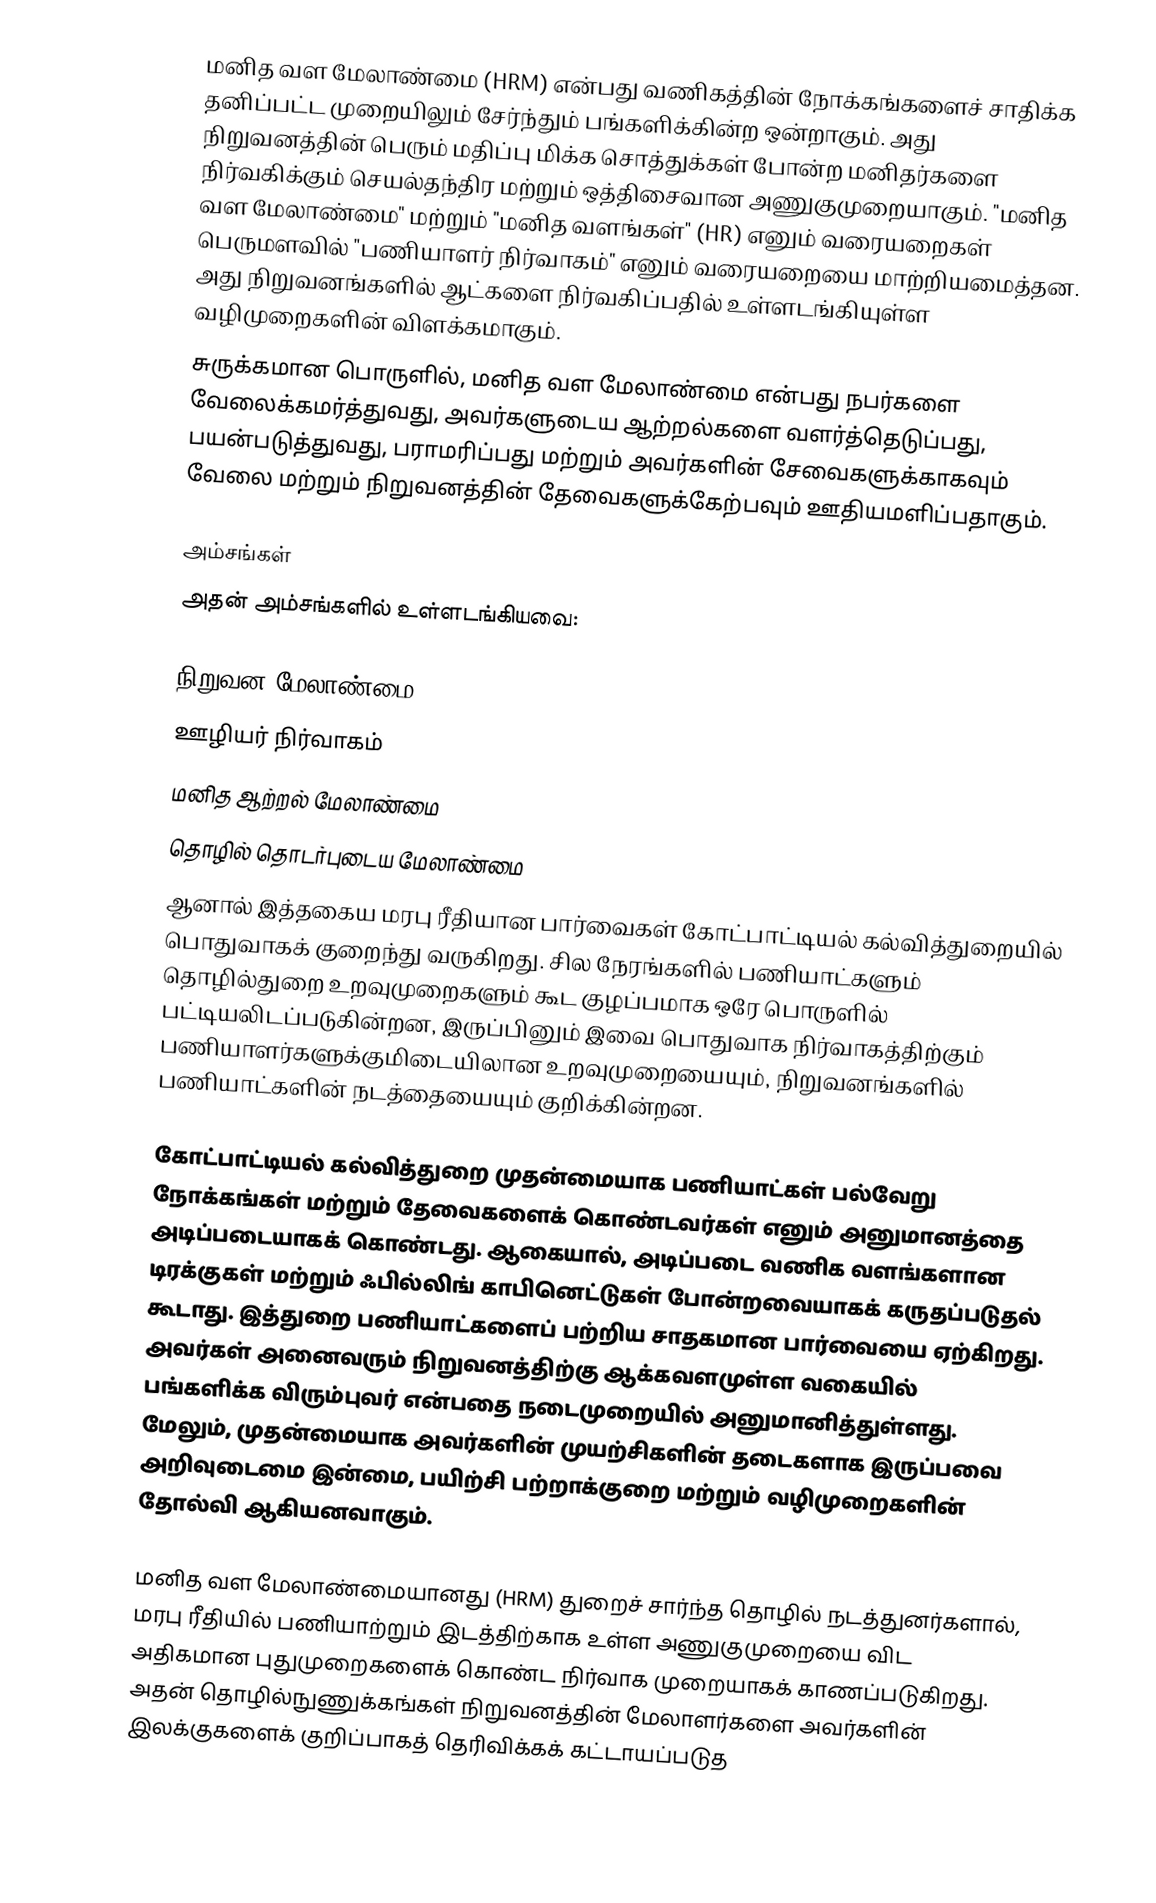
மனித வள மேலாண்மை (HRM) என்பது வணிகத்தின் நோக்கங்களைச் சாதிக்க தனிப்பட்ட முறையிலும் சேர்ந்தும் பங்களிக்கின்ற ஒன்றாகும். அது நிறுவனத்தின் பெரும் மதிப்பு மிக்க சொத்துக்கள் போன்ற மனிதர்களை நிர்வகிக்கும் செயல்தந்திர மற்றும் ஒத்திசைவான அணுகுமுறையாகும். "மனித வள மேலாண்மை" மற்றும் "மனித வளங்கள்" (HR) எனும் வரையறைகள் பெருமளவில் "பணியாளர் நிர்வாகம்" எனும் வரையறையை மாற்றியமைத்தன. அது நிறுவனங்களில் ஆட்களை நிர்வகிப்பதில் உள்ளடங்கியுள்ள வழிமுறைகளின் விளக்கமாகும்.
சுருக்கமான பொருளில், மனித வள மேலாண்மை என்பது நபர்களை வேலைக்கமர்த்துவது, அவர்களுடைய ஆற்றல்களை வளர்த்தெடுப்பது, பயன்படுத்துவது, பராமரிப்பது மற்றும் அவர்களின் சேவைகளுக்காகவும் வேலை மற்றும் நிறுவனத்தின் தேவைகளுக்கேற்பவும் ஊதியமளிப்பதாகும்.

அம்சங்கள்
அதன் அம்சங்களில் உள்ளடங்கியவை:

 நிறுவன  மேலாண்மை
 ஊழியர் நிர்வாகம்
 மனித ஆற்றல் மேலாண்மை
 தொழில் தொடர்புடைய மேலாண்மை
ஆனால் இத்தகைய மரபு ரீதியான பார்வைகள் கோட்பாட்டியல் கல்வித்துறையில் பொதுவாகக் குறைந்து வருகிறது. சில நேரங்களில் பணியாட்களும் தொழில்துறை உறவுமுறைகளும் கூட குழப்பமாக ஒரே பொருளில் பட்டியலிடப்படுகின்றன, இருப்பினும் இவை பொதுவாக நிர்வாகத்திற்கும் பணியாளர்களுக்குமிடையிலான உறவுமுறையையும், நிறுவனங்களில் பணியாட்களின் நடத்தையையும் குறிக்கின்றன.

கோட்பாட்டியல் கல்வித்துறை முதன்மையாக பணியாட்கள் பல்வேறு நோக்கங்கள் மற்றும் தேவைகளைக் கொண்டவர்கள் எனும் அனுமானத்தை அடிப்படையாகக் கொண்டது. ஆகையால், அடிப்படை வணிக வளங்களான டிரக்குகள் மற்றும் ஃபில்லிங் காபினெட்டுகள் போன்றவையாகக் கருதப்படுதல் கூடாது. இத்துறை பணியாட்களைப் பற்றிய சாதகமான பார்வையை ஏற்கிறது. அவர்கள் அனைவரும் நிறுவனத்திற்கு ஆக்கவளமுள்ள வகையில்  பங்களிக்க விரும்புவர் என்பதை நடைமுறையில் அனுமானித்துள்ளது. மேலும், முதன்மையாக அவர்களின் முயற்சிகளின் தடைகளாக இருப்பவை அறிவுடைமை இன்மை, பயிற்சி பற்றாக்குறை மற்றும் வழிமுறைகளின் தோல்வி ஆகியனவாகும்.

மனித வள மேலாண்மையானது (HRM) துறைச் சார்ந்த தொழில் நடத்துனர்களால், மரபு ரீதியில் பணியாற்றும் இடத்திற்காக உள்ள அணுகுமுறையை விட அதிகமான புதுமுறைகளைக் கொண்ட நிர்வாக முறையாகக் காணப்படுகிறது. அதன் தொழில்நுணுக்கங்கள் நிறுவனத்தின் மேலாளர்களை அவர்களின் இலக்குகளைக் குறிப்பாகத் தெரிவிக்கக் கட்டாயப்படுத